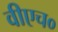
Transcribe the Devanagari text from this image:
वीएच०